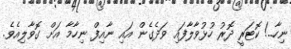
ނިހާ..! ކޮޓަރީ ދޮރު ހުޅުވާލާފައި ވަދެގެން އައި ނާއިފް ނިހާމާ އަށް ގޮވާލިއެވެ.